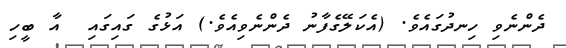
ދެންނެވި ހިނދުގައެވެ. (އެކަލޭގެފާނު ދެންނެވިއެވެ.) އަޅުގެ ގައިގައި  އާ ބީހި